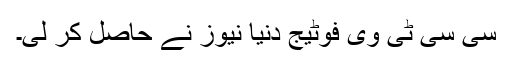
سی سی ٹی وی فوٹیج دنیا نیوز نے حاصل کر لی۔